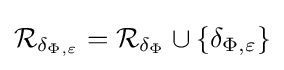
{\mathcal {R}}_{\delta _{\Phi ,\varepsilon }}={\mathcal {R}}_{\delta _{\Phi }}\cup \left\{\delta _{\Phi ,\varepsilon }\right\}